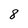
Character: 8